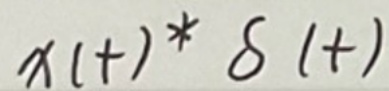
$x(t)*\delta(t)$